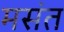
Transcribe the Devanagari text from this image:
मसंत